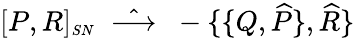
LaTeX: [P,R]_{\scriptscriptstyle SN}\; \; \hat{\longrightarrow}\; \; -\{ \{ Q,\widehat{P}\} ,\widehat{R}\}